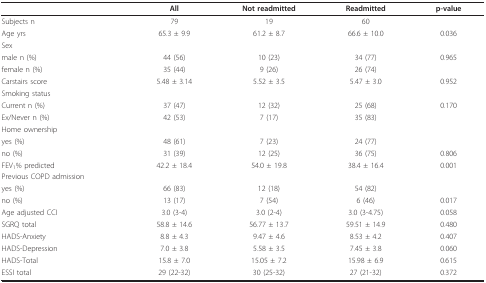
<table><thead><tr><td></td><td><b>All</b></td><td><b>Not readmitted</b></td><td><b>Readmitted</b></td><td><b>p-value</b></td></tr></thead><tbody><tr><td>Subjects n</td><td>79</td><td>19</td><td>60</td><td></td></tr><tr><td>Age yrs</td><td>65.3 ± 9.9</td><td>61.2 ± 8.7</td><td>66.6 ± 10.0</td><td>0.036</td></tr><tr><td>Sex</td><td></td><td></td><td></td><td></td></tr><tr><td>male n (%)</td><td>44 (56)</td><td>10 (23)</td><td>34 (77)</td><td>0.965</td></tr><tr><td>female n (%)</td><td>35 (44)</td><td>9 (26)</td><td>26 (74)</td><td></td></tr><tr><td>Carstairs score</td><td>5.48 ± 3.14</td><td>5.52 ± 3.5</td><td>5.47 ± 3.0</td><td>0.952</td></tr><tr><td>Smoking status</td><td></td><td></td><td></td><td></td></tr><tr><td>Current n (%)</td><td>37 (47)</td><td>12 (32)</td><td>25 (68)</td><td>0.170</td></tr><tr><td>Ex/Never n (%)</td><td>42 (53)</td><td>7 (17)</td><td>35 (83)</td><td></td></tr><tr><td>Home ownership</td><td></td><td></td><td></td><td></td></tr><tr><td>yes (%)</td><td>48 (61)</td><td>7 (23)</td><td>24 (77)</td><td></td></tr><tr><td>no (%)</td><td>31 (39)</td><td>12 (25)</td><td>36 (75)</td><td>0.806</td></tr><tr><td>FEV<sub>1</sub>% predicted</td><td>42.2 ± 18.4</td><td>54.0 ± 19.8</td><td>38.4 ± 16.4</td><td>0.001</td></tr><tr><td>Previous COPD admission</td><td></td><td></td><td></td><td></td></tr><tr><td>yes (%)</td><td>66 (83)</td><td>12 (18)</td><td>54 (82)</td><td></td></tr><tr><td>no (%)</td><td>13 (17)</td><td>7 (54)</td><td>6 (46)</td><td>0.017</td></tr><tr><td>Age adjusted CCI</td><td>3.0 (3-4)</td><td>3.0 (2-4)</td><td>3.0 (3-4.75)</td><td>0.058</td></tr><tr><td>SGRQ total</td><td>58.8 ± 14.6</td><td>56.77 ± 13.7</td><td>59.51 ± 14.9</td><td>0.480</td></tr><tr><td>HADS-Anxiety</td><td>8.8 ± 4.3</td><td>9.47 ± 4.6</td><td>8.53 ± 4.2</td><td>0.407</td></tr><tr><td>HADS-Depression</td><td>7.0 ± 3.8</td><td>5.58 ± 3.5</td><td>7.45 ± 3.8</td><td>0.060</td></tr><tr><td>HADS-Total</td><td>15.8 ± 7.0</td><td>15.05 ± 7.2</td><td>15.98 ± 6.9</td><td>0.615</td></tr><tr><td>ESSI total</td><td>29 (22-32)</td><td>30 (25-32)</td><td>27 (21-32)</td><td>0.372</td></tr></tbody></table>